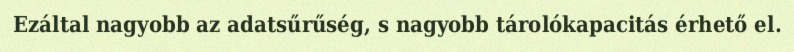
Ezáltal nagyobb az adatsűrűség, s nagyobb tárolókapacitás érhető el.